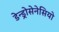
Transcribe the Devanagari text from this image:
डेन्ड्रोसेनेसियो